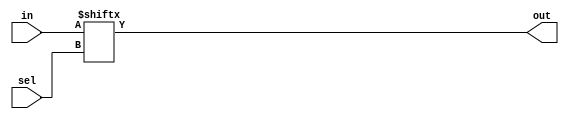
// A 16:1 MUX has 4 select lines, that is log2(16) select lines.
// a) Using pure behavioral modeling
// b) Structural modeling using 4:1 MUX specified using behavioral modelling 
// c) Make Structural modeling of 4:1 MUX using behavioral modeling of 2:1 MUX
// d) Make structural modeling of 2:1 MUX to have a complete structural
// hierarchial description. 
//Version_1:
module mux16to1 (in, sel, out);
	input [15:0] in;
	input [3:0] sel;
	output out;
		
	//body
	assign out = in[sel]; //interesting to note that sel can store a 4 bit value
		//that 4 bit value can store numbers from 0 to 15, and that's 
		// what we want to do when we select input lines
		// which are from 0 to 15. So, in[sel] is selecting an input
		// line from 0 to 15 and giving that to the output. 
endmodule